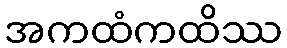
အကထံကထိဿ